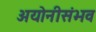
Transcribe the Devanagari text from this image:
अयोनीसंभव